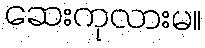
ဆေးကုလားမ။